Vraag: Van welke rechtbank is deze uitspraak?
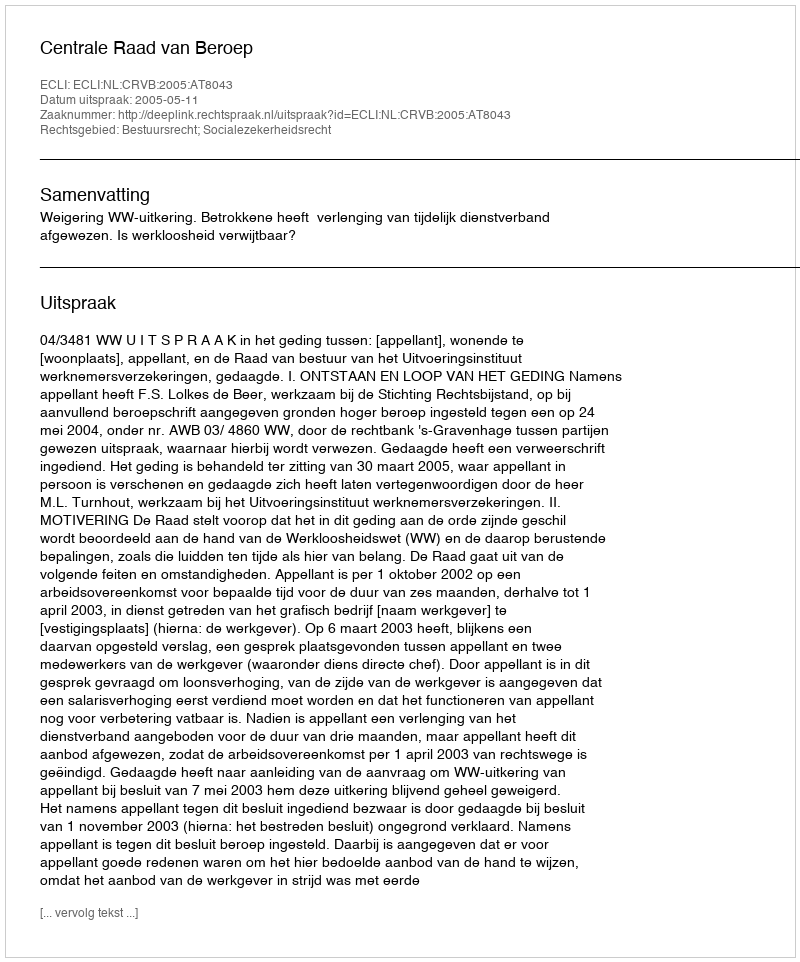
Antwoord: Centrale Raad van Beroep